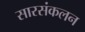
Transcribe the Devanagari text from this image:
सारसंकलन